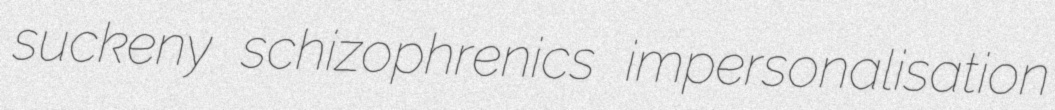
suckeny schizophrenics impersonalisation